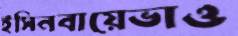
ইসিনবায়েভাও